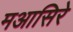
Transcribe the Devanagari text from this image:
मआसिरे